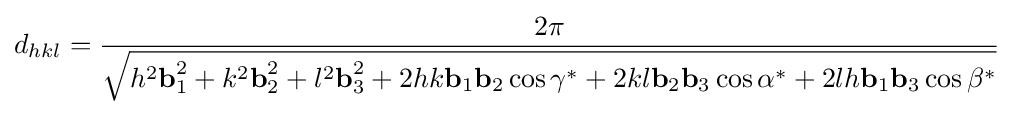
d_{hkl}={\frac {2\pi }{\sqrt {h^{2}{\textbf {b}}_{1}^{2}+k^{2}{\textbf {b}}_{2}^{2}+l^{2}{\textbf {b}}_{3}^{2}+2hk{\textbf {b}}_{1}{\textbf {b}}_{2}\cos \gamma ^{*}+2kl{\textbf {b}}_{2}{\textbf {b}}_{3}\cos \alpha ^{*}+2lh{\textbf {b}}_{1}{\textbf {b}}_{3}\cos \beta ^{*}}}}